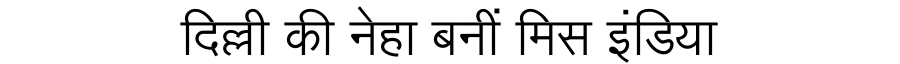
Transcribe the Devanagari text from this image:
दिल्ली की नेहा बनीं मिस इंडिया